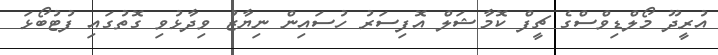
އުރީދޫ މޯލްޑިވްސްގެ ޗީފް ކޮމާޝަލް އޮފިސަރު ހުސައިން ނިޔާޒު ވިދާޅުވި ގޮތުގައި ފުޓުބޯޅަ